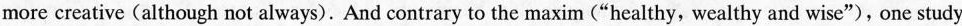
more creative (although not always). And contrary to the maxim (“healthy, wealthy and wise”), one study